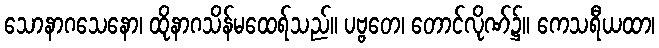
သောနာဂသေနော၊ ထိုနာဂသိန်မထေရ်သည်။ ပဗ္ဗတေ၊ တောင်လိုဏ်၌။ ကေသရီယထာ၊